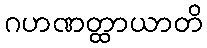
ဂဟဏတ္ထာယာတိ